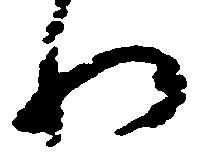
わ